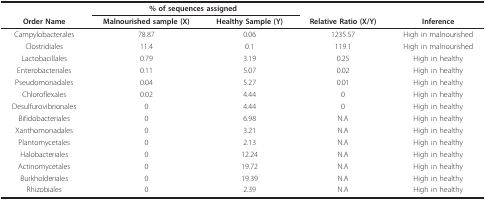
<table><thead><tr><td></td><td colspan="2"><b>% of sequences assigned</b></td><td></td><td></td></tr><tr><td><b>Order Name</b></td><td><b>Malnourished sample (X)</b></td><td><b>Healthy Sample (Y)</b></td><td><b>Relative Ratio (X/Y)</b></td><td><b>Inference</b></td></tr></thead><tbody><tr><td>Campylobacterales</td><td>78.87</td><td>0.06</td><td>1235.57</td><td>High in malnourished</td></tr><tr><td>Clostridiales</td><td>11.4</td><td>0.1</td><td>119.1</td><td>High in malnourished</td></tr><tr><td>Lactobacillales</td><td>0.79</td><td>3.19</td><td>0.25</td><td>High in healthy</td></tr><tr><td>Enterobacteriales</td><td>0.11</td><td>5.07</td><td>0.02</td><td>High in healthy</td></tr><tr><td>Pseudomonadales</td><td>0.04</td><td>5.27</td><td>0.01</td><td>High in healthy</td></tr><tr><td>Chloroflexales</td><td>0.02</td><td>4.44</td><td>0</td><td>High in healthy</td></tr><tr><td>Desulfurovibrionales</td><td>0</td><td>4.44</td><td>0</td><td>High in healthy</td></tr><tr><td>Bifidobacteriales</td><td>0</td><td>6.98</td><td>N.A</td><td>High in healthy</td></tr><tr><td>Xanthomonadales</td><td>0</td><td>3.21</td><td>N.A</td><td>High in healthy</td></tr><tr><td>Plantomycetales</td><td>0</td><td>2.13</td><td>N.A</td><td>High in healthy</td></tr><tr><td>Halobacteriales</td><td>0</td><td>12.24</td><td>N.A</td><td>High in healthy</td></tr><tr><td>Actinomycetales</td><td>0</td><td>19.72</td><td>N.A</td><td>High in healthy</td></tr><tr><td>Burkholderiales</td><td>0</td><td>19.39</td><td>N.A</td><td>High in healthy</td></tr><tr><td>Rhizobiales</td><td>0</td><td>2.39</td><td>N.A</td><td>High in healthy</td></tr></tbody></table>